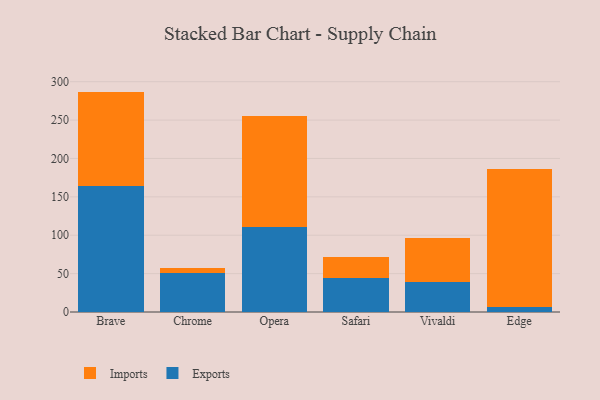
{"axis": {"x": "Browser", "y": "Satisfaction Score"}, "legend": ["Exports", "Imports"], "data": [{"x": "Brave", "y": 164.3, "type": "Exports"}, {"x": "Brave", "y": 122.8, "type": "Imports"}, {"x": "Chrome", "y": 51.1, "type": "Exports"}, {"x": "Chrome", "y": 5.7, "type": "Imports"}, {"x": "Opera", "y": 111.3, "type": "Exports"}, {"x": "Opera", "y": 144.2, "type": "Imports"}, {"x": "Safari", "y": 44.8, "type": "Exports"}, {"x": "Safari", "y": 27.0, "type": "Imports"}, {"x": "Vivaldi", "y": 39.0, "type": "Exports"}, {"x": "Vivaldi", "y": 56.8, "type": "Imports"}, {"x": "Edge", "y": 6.5, "type": "Exports"}, {"x": "Edge", "y": 179.6, "type": "Imports"}]}